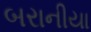
બરાનીયા